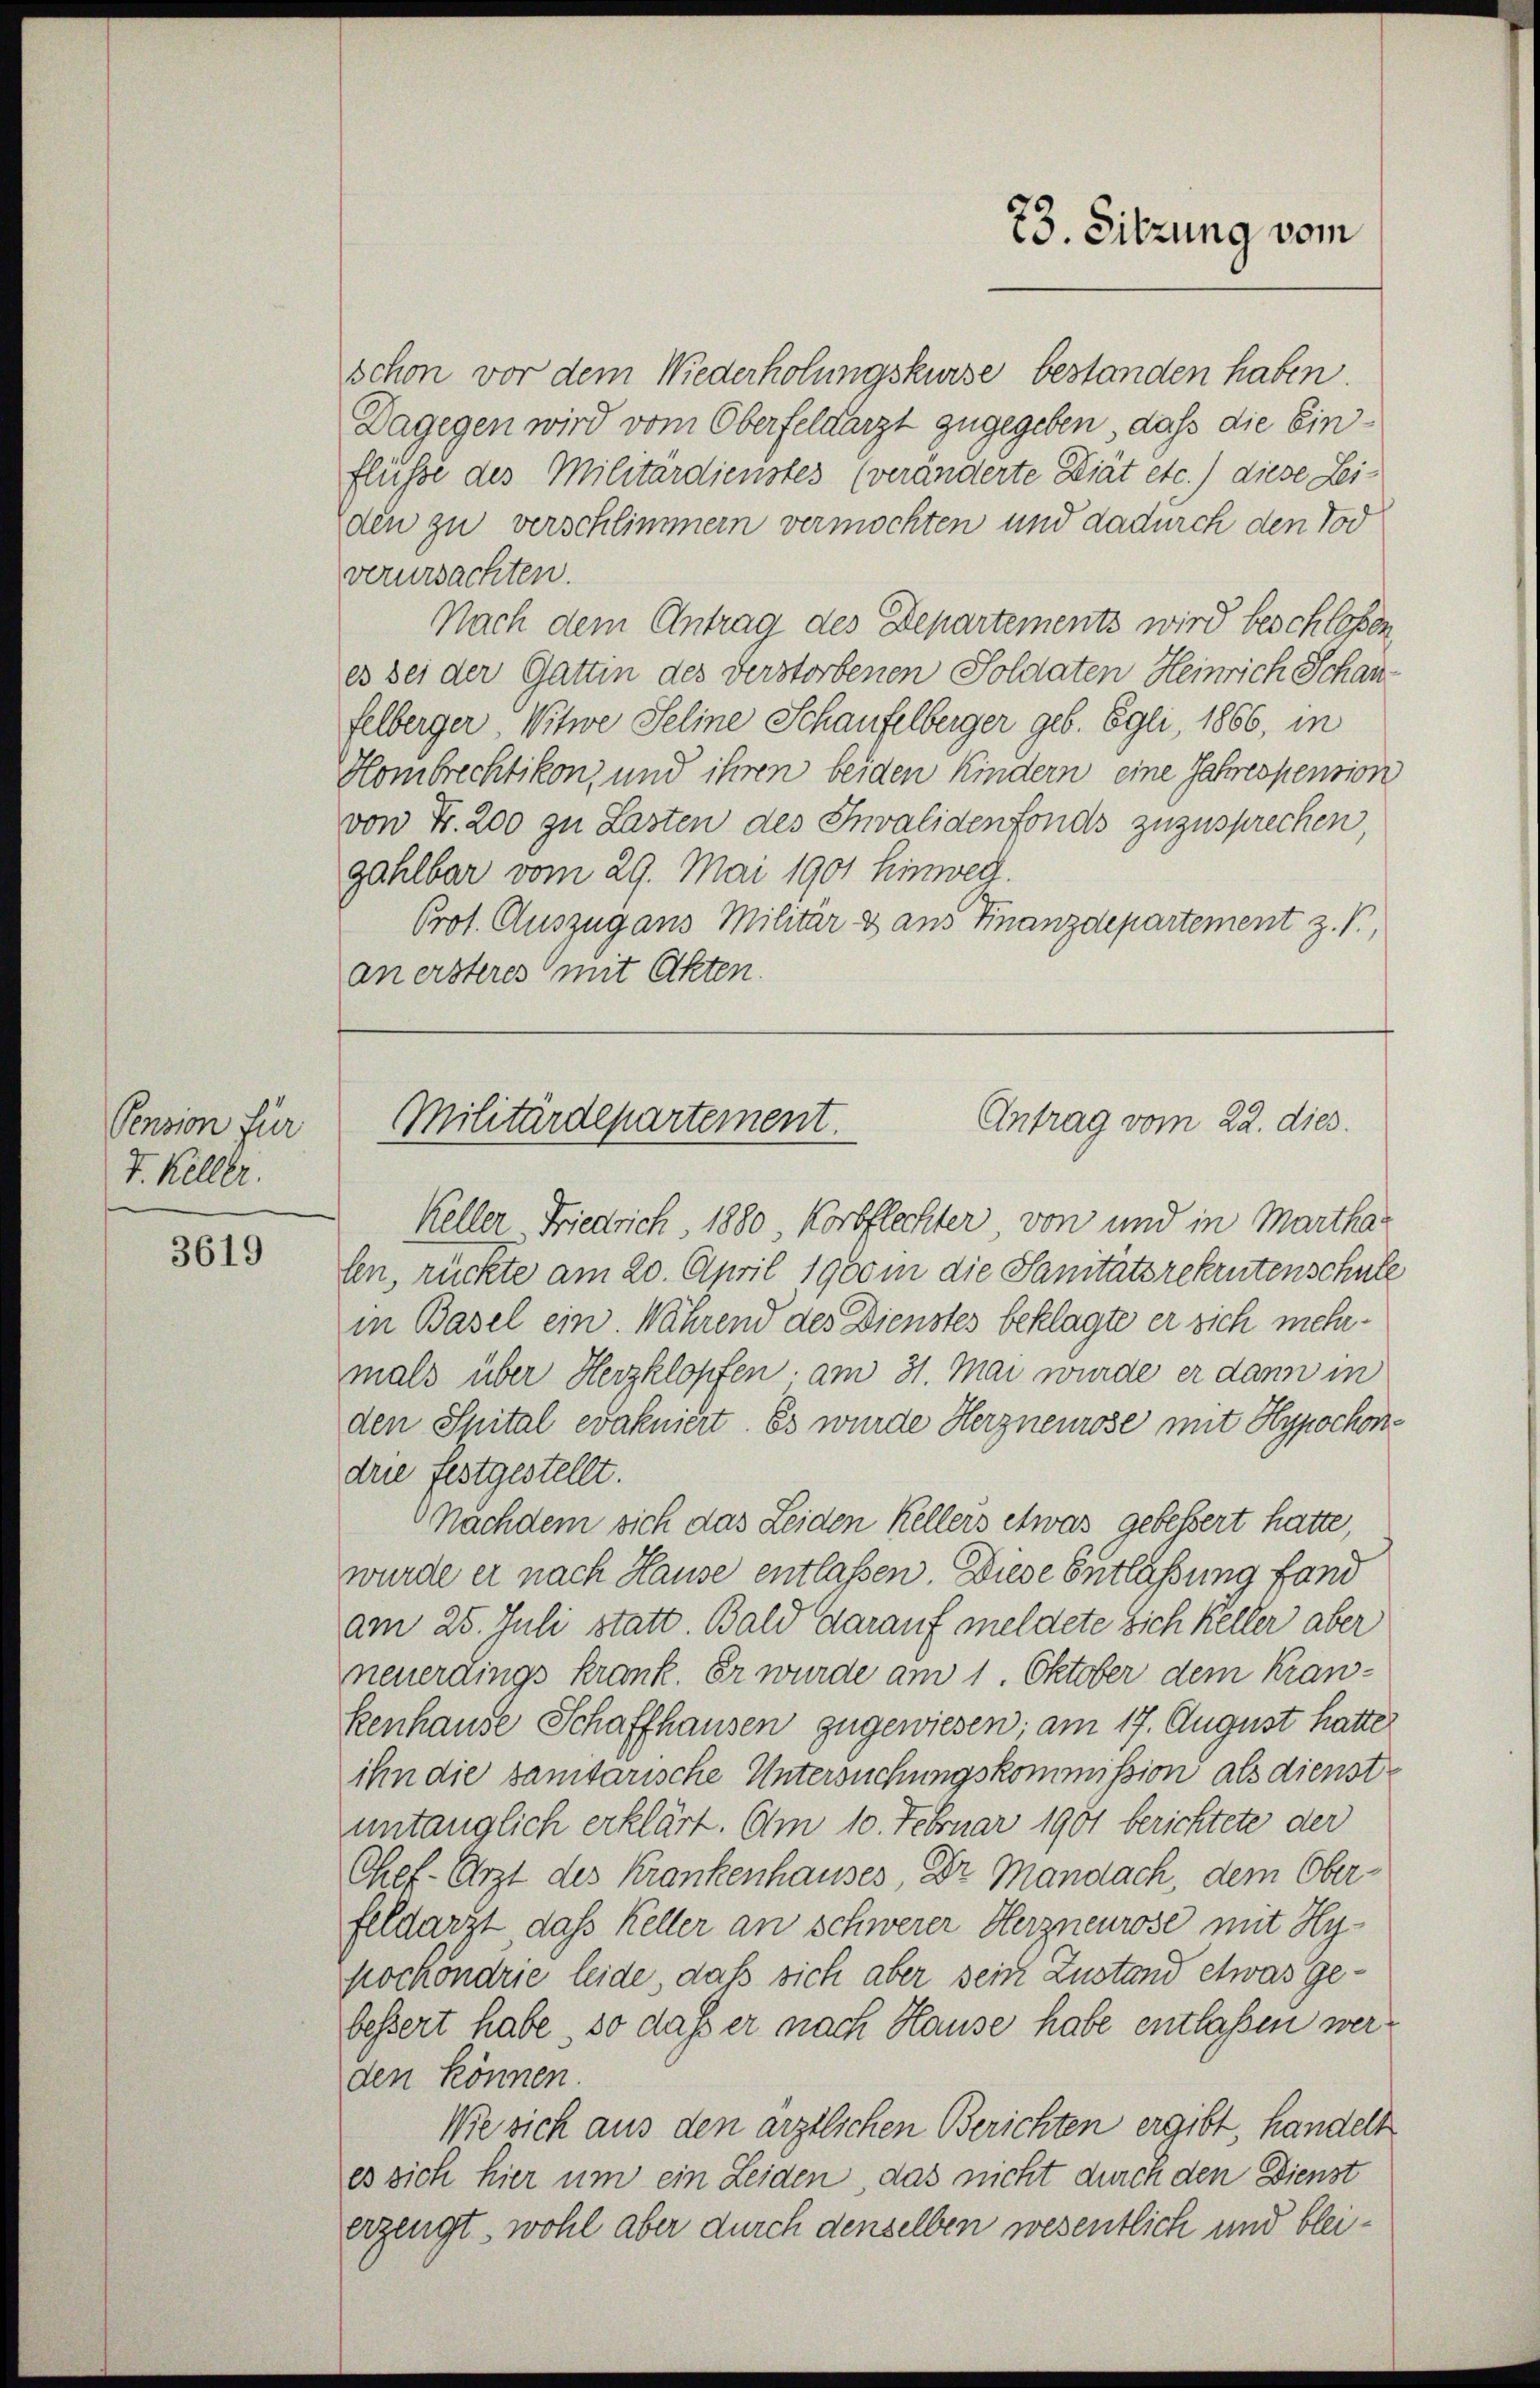
Pension für
V. Keller.

3619

schon vor dem Wiederholungskurse bestanden haben.
Dagegen wird vom Oberfeldarzt zugegeben, daß die Einflüsse des Militärdienstes (veränderte Diät etc.) diese Leiden zu verschlimmern vermochten und dadurch den Tod
verursachten.
Nach dem Antrag des Departements wird beschloßen,
es sei der Gattin des verstorbenen Soldaten Heinrich Schanfelberger Witwe Seline Schaufelberger geb. Egli, 1866, in
Hombrechtikon, und ihren beiden Kindern eine Jahrespension
von Fr. 200 zu Lasten des Invalidenfonds zuzusprechen
gahlbar vom 29. Mai 1901 hinweg.
Prot. Auszug aus Militär & aus Finanzdepartement z. B.,
an ersteres mit Akten.

23. Sitzung vom

Antrag vom 22. dies
Militärdepartement.

Keller Friedrich 1880, Korbflechter, von und in Marthalen, rückte am 20. April 1900 in die Sanitätsrekrutenschule
in Basel ein. Während des Dienstes beklagte er sich mehrmals über Herzklopfen am 31. Mai wurde er dann in
den Spital evakniert. Es wurde Herzneurose mit Hypochondrie festgestellt.
Nachdem sich das Leiden Kellers etwas gebessert hatte,
wurde er nach Hause entlassen. Diese Entlassung fand
am 25. Juli statt. Bald darauf meldete sich Keller aber
neuerdings krank. Er wurde am 1. Oktober dem Krankenhause Schaffhausen zugewiesen; am 17. August hatte
ihn die sanitarische Untersuchungskommission als dienst
untauglich erklärt. Am 10. Februar 1901 berichtete der
Chef-Arzt des Krankenhauses, Dr Mandach, dem Oberfeldarzt dass Keller an schwerer Herzneurose mit Hypochöndrie leide, daß sich aber sein Zustand etwas gebessert habe, so dass er nach Hause habe entlaßen werden können.
Wie sich aus den ärztlichen Berichten ergibt, handelt
es sich hier um ein Leiden, das nicht durch den Dienst
erzeugt, wohl aber durch denselben wesentlich und blei¬